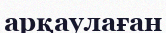
арқаулаған